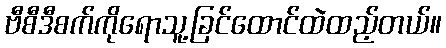
ဗီစီဒီစက်ကိုရောသူ့ခြင်ထောင်ထဲထည့်တယ်။